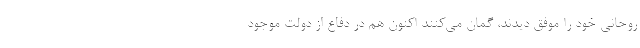
روحانی خود را موفق دیدند، گمان می‌کنند اکنون هم در دفاع از دولت موجود